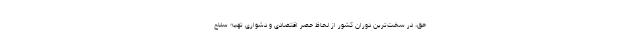
حق، در سخت‌ترین دوران کشور از لحاظ حصر اقتصادی و دشواری تهیه سلاح